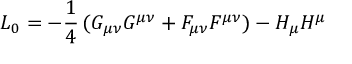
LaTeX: { \cal L } _ { 0 } = - \frac 1 4 \, ( G _ { \mu \nu } G ^ { \mu \nu } + F _ { \mu \nu } F ^ { \mu \nu } ) - H _ { \mu } H ^ { \mu }